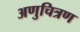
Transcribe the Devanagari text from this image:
अणुचित्रण